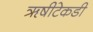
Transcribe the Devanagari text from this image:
ॠषीटेकडी